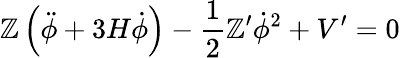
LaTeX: \mathbb{Z}\left(\ddot{{\phi}}+3H\dot{{\phi}}\right)-\frac{{1}}{{2}}\mathbb{Z}^{\prime}\dot{{\phi}}^{2}+V^{\prime}=0